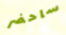
ساحضر